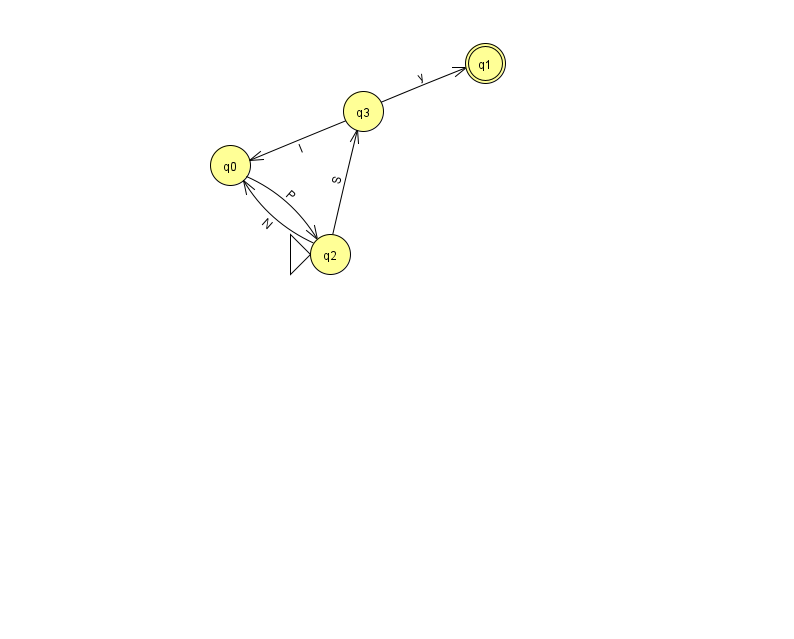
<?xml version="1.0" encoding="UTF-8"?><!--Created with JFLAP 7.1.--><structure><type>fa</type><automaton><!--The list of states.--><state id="0" name="q0"><x>230.0</x><y>152.0</y></state><state id="1" name="q1"><x>485.0</x><y>50.0</y><final/></state><state id="2" name="q2"><x>330.0</x><y>241.0</y><initial/></state><state id="3" name="q3"><x>363.0</x><y>98.0</y></state><!--The list of transitions.--><transition><from>2</from><to>0</to><read>N</read></transition><transition><from>3</from><to>1</to><read>y</read></transition><transition><from>0</from><to>2</to><read>P</read></transition><transition><from>3</from><to>0</to><read>I</read></transition><transition><from>2</from><to>3</to><read>S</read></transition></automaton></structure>